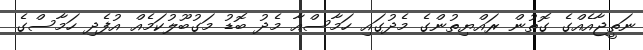
ނަތީޖާއެއްގެ ގޮތުން ރައްޔިތުންގެ މެދުގައި ހަމާސްއާ މެދު ބޮޑު މަގުބޫލުކަމެއް އުފެދި ހަމާސްގެ